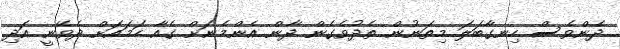
ދެންވެސް ހިނގާބަލަ މިތަނުން ތެދުވެގެން ދާން އެންމެނަށް ގެއާ ހަމައަށް ދެވޭނީ އަދި